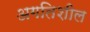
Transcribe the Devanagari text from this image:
अगतिशील